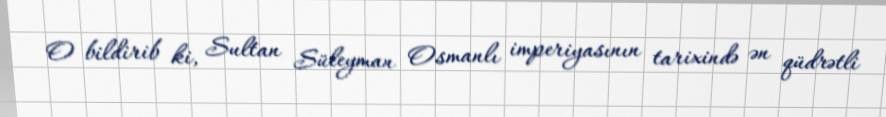
O bildirib ki, Sultan Süleyman Osmanlı imperiyasının tarixində ən qüdrətli